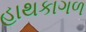
હાથકાગળ